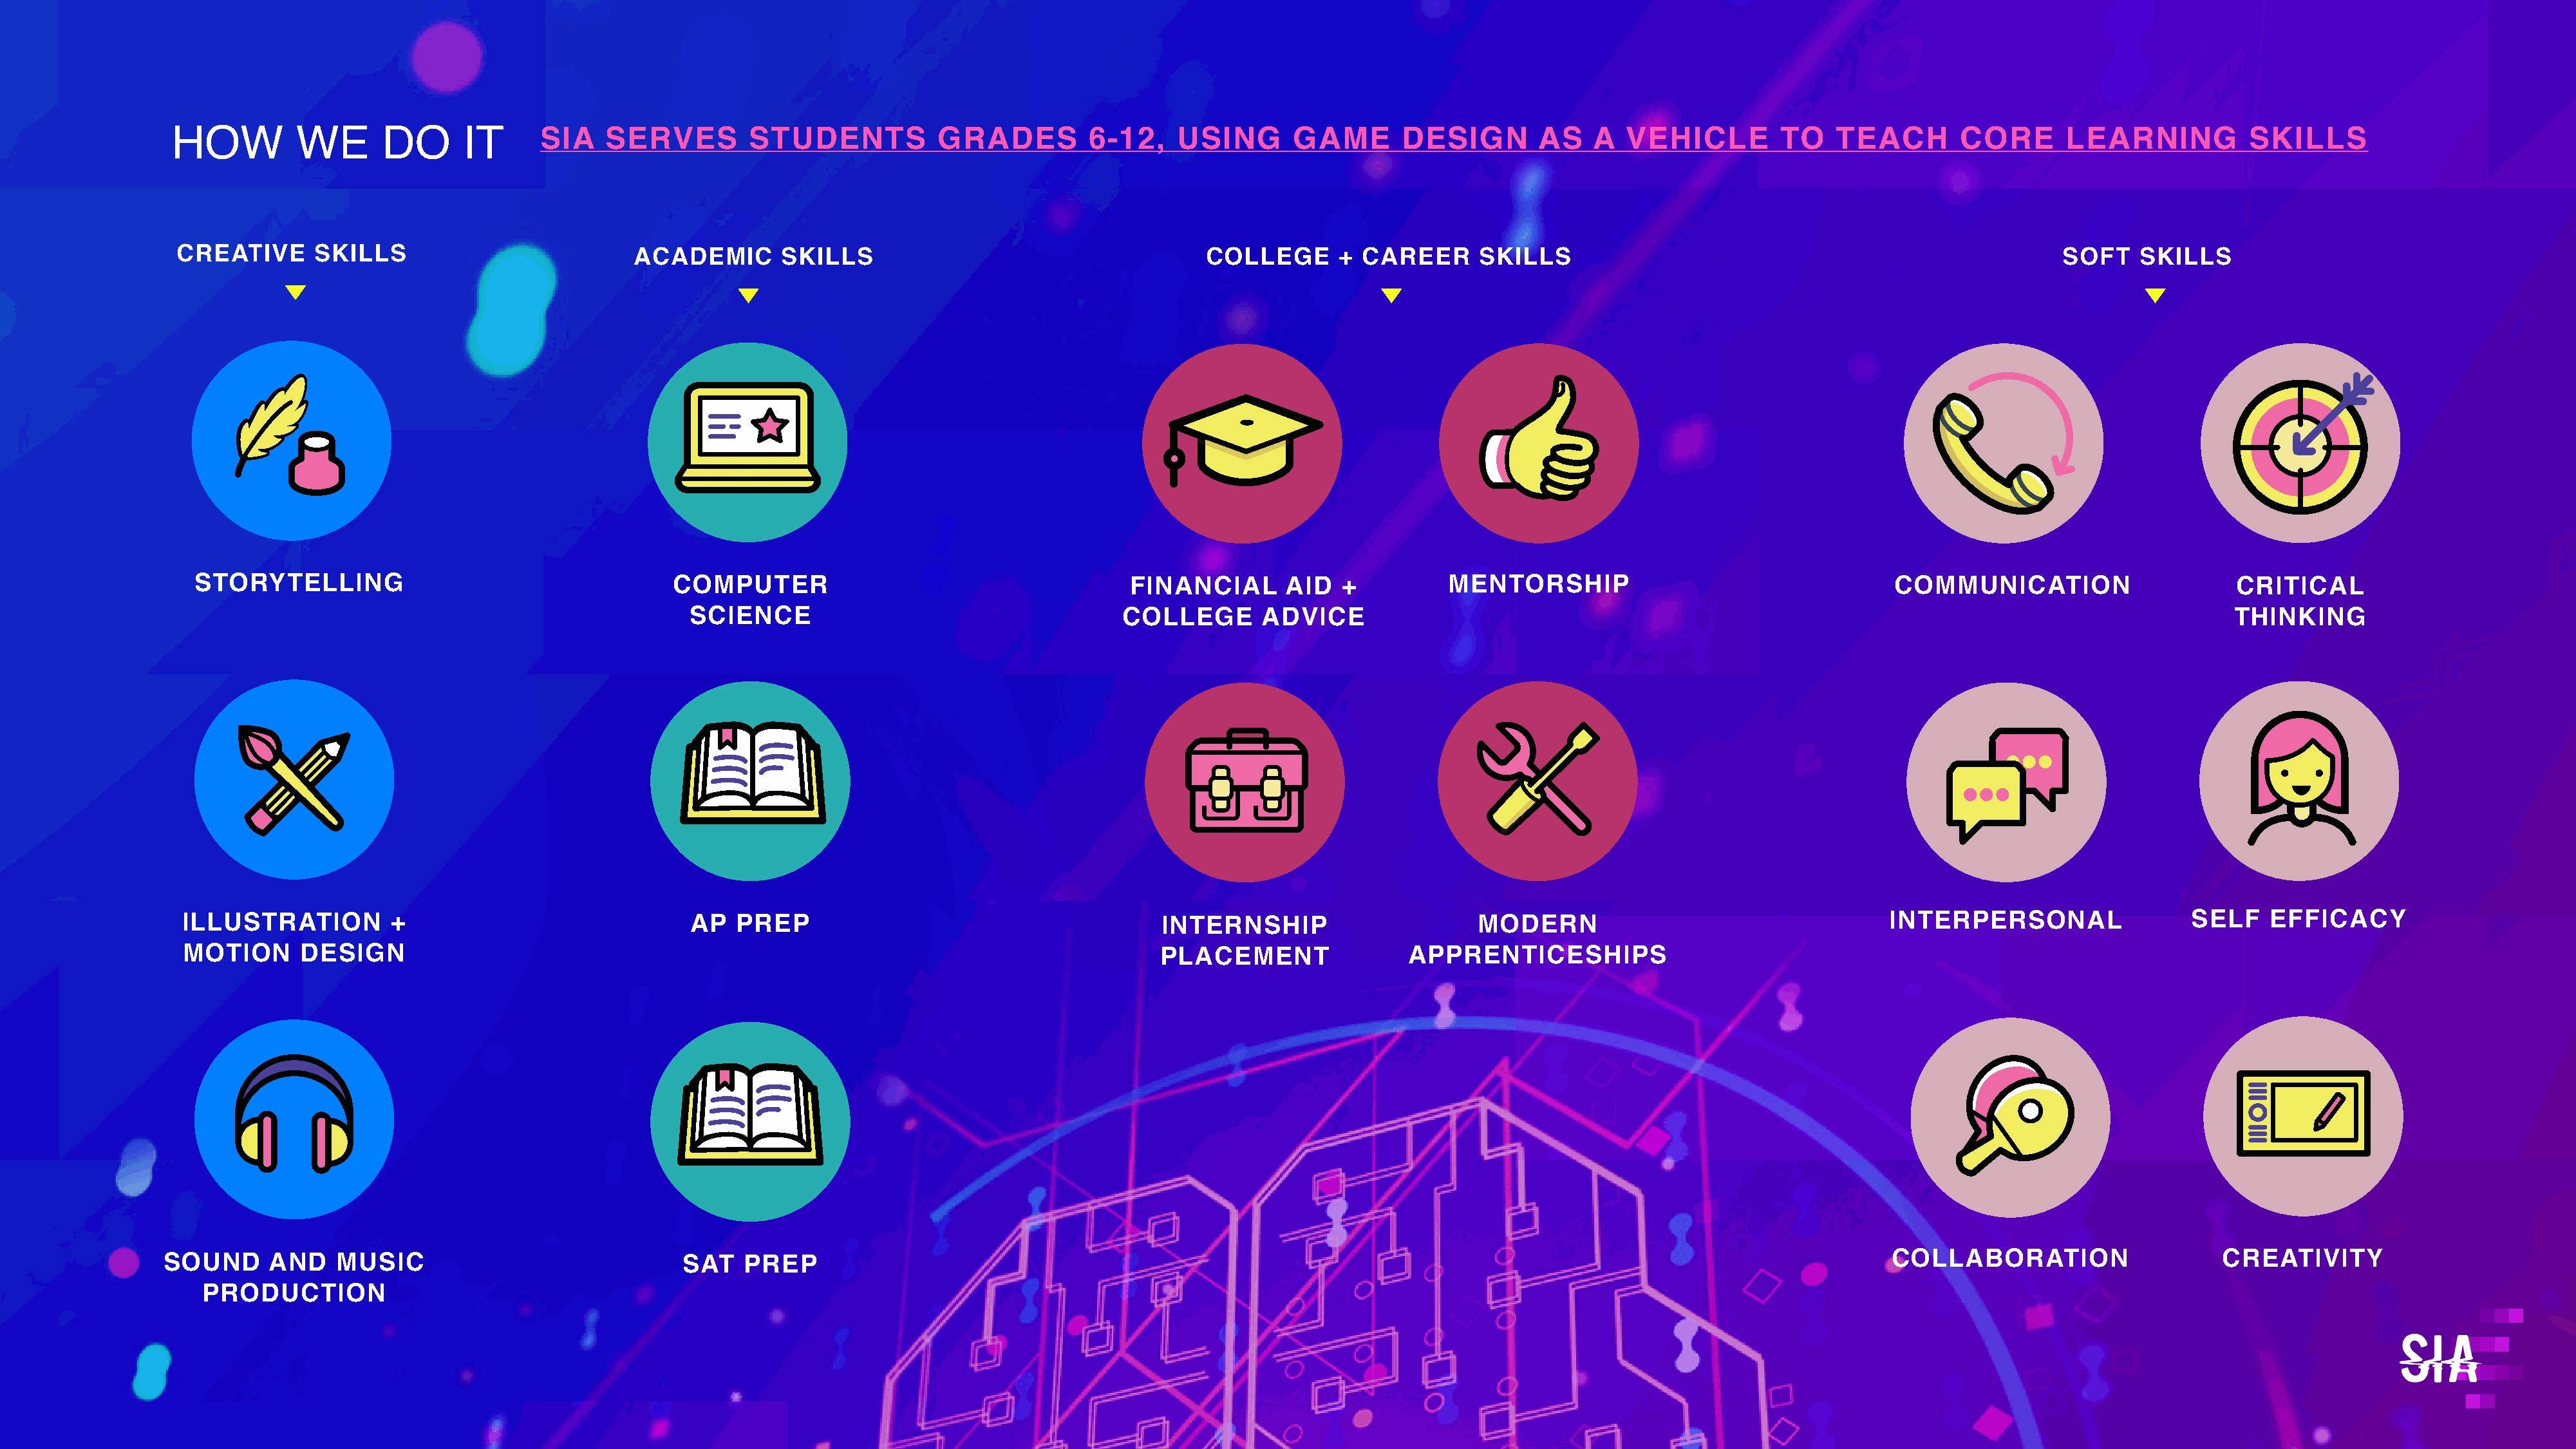
HOW         WE       DO       IT      SIA   SERVES         STUDENTS           GRADES          6-12,    USING       GAME       DESIGN        AS    A  VEHICLE         TO    TEACH        CORE      LEARNING           SKILLS
 CREATIVE      SKILLS                           ACADEMIC       SKILLS                                      COLLEGE       + CAREER      SKILLS                                                      SOFT    SKILLS
 STORYTELLING                                     COMPUTER                                       FINANCIAL       AID   +          MENTORSHIP                                    COMMUNICATION                      CRITICAL
 SCIENCE                                     COLLEGE        ADVICE                                                                                              THINKING
 ILLUSTRATION         +                              AP   PREP                                       INTERNSHIP                       MODERN                                    INTERPERSONAL                  SELF    EFFICACY
 MOTION      DESIGN                                                                                  PLACEMENT                 APPRENTICESHIPS
 SOUND      AND    MUSIC                              SAT   PREP                                                                                                                  COLLABORATION                     CREATIVITY
 PRODUCTION